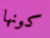
كونها